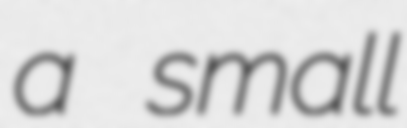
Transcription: a small